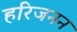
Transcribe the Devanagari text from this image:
हरिजनन